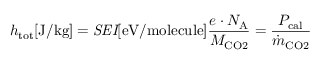
h _ { \mathrm { t o t } } [ \mathrm { J / k g } ] = \mathit { S E I } [ \mathrm { e V / m o l e c u l e } ] \frac { e \cdot N _ { \mathrm { A } } } { M _ { \mathrm { C O 2 } } } = \frac { P _ { \mathrm { c a l } } } { \dot { m } _ { \mathrm { C O 2 } } }